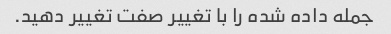
جمله داده شده را با تغییر صفت تغییر دهید.